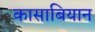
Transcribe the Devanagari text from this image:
कासाबियान